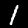
Digit: 1